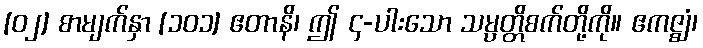
[၀၂] စာမျက်နှာ [၁၀၁] ဧတာနိ၊ ဤ ၄-ပါးသော သမ္ပတ္တိစက်တို့ကို။ ဧကဇ္ဈံ၊